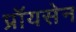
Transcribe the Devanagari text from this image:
प्रॉयसेन